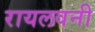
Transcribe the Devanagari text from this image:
रायलवनी